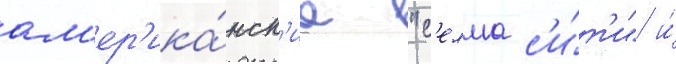
ам'ер'ика́нск'ие "с'елма с'и́т'и" и́